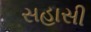
સહાસી